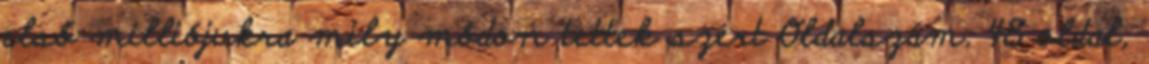
első milliójukra mily módon tettek szert Oldalszám: 48 oldal,